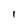
Character: I